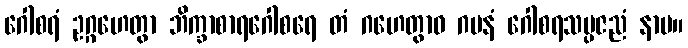
ဂေါစရံ ဥဂ္ဂဟေတွာ ဘိက္ခာစာရဂေါစရေ တံ ဂဟေတွာဝ ဂမနံ ဂေါစရသမ္ပဇညံ နာမ။